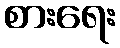
စားရေး